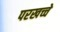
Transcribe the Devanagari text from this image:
परखच्चे